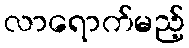
လာရောက်မည့်